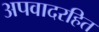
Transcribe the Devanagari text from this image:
अपवादरहित